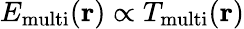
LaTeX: {{E}_{\mathrm{multi}}}({\mathbf{r}})\propto{{T}_{\mathrm{multi}}}({\mathbf{r}})